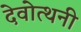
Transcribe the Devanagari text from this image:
देवोत्थनी